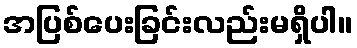
အပြစ်ပေးခြင်းလည်းမရှိပါ။